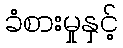
ခံစားမှုနှင့်